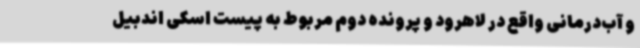
و آب‌درمانی واقع در لاهرود و پرونده دوم مربوط به پیست اسکی اندبیل